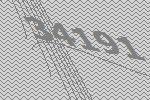
34191